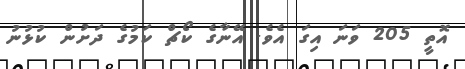
އޮތީ 205 ވަނަ އިގަ އެވެ. އޭނާގެ ކޯޗް ކަމުގެ ދަށުން ކުޅުނު